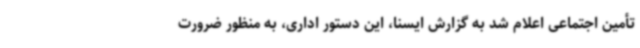
تأمین اجتماعی اعلام شد به گزارش ایسنا، این دستور اداری، به منظور ضرورت